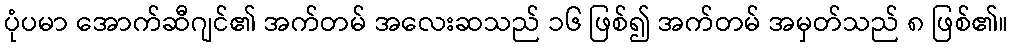
ပုံပမာ အောက်ဆီဂျင်၏ အက်တမ် အလေးဆသည် ၁၆ ဖြစ်၍ အက်တမ် အမှတ်သည် ၈ ဖြစ်၏။